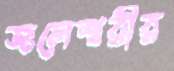
জলেশ্বরীর